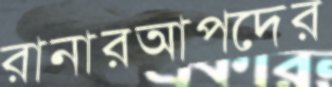
রানারআপদের